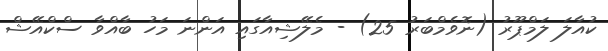
ކުއާލަ ލަމްޕޫރު (ނޮވެމްބަރު 25) - މެލޭޝިއާގައި އަންނަ މަހު ބާއްވާ ސްކްއޭޝް